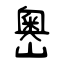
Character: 嶴